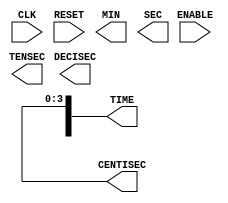
module lab2(CLK, RESET, ENABLE, TIME, MIN, TENSEC, SEC, DECISEC, CENTISEC);
  input         CLK;
  input         RESET;
  input         ENABLE;

  output [19:0] TIME;
  output [3:0]  MIN;
  output [3:0]  TENSEC;
  output [3:0]  SEC;
  output [3:0]  DECISEC;
  output [3:0]  CENTISEC;


  // ADD YOUR CODE BELOW THIS LINE
  
  
  // ADD YOUR CODE ABOVE THIS LINE

  assign TIME = {MIN, TENSEC, SEC, DECISEC, CENTISEC};

endmodule